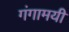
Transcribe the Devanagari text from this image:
गंगामयी